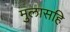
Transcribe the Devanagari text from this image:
मुलासहि